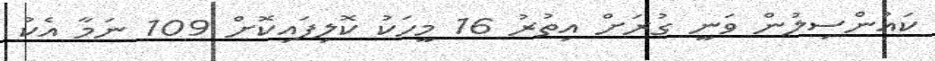
ކައުންސިލުން ވަނީ ގުރަށް އިތުރު 16 މީހަކު ކޮލިފައިކޮށް 109 ނަމާ އެކު